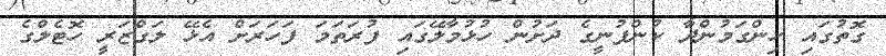
ގޮތުގައި ހިންގަމުންދާ ކުންފުނީގެ ދަށުން ހުޅުމާލޭގައި ފުރަތަމަ ފަހަރަށް އެޅޭ ލަގްޒަރީ ހޮޓެލްގެ